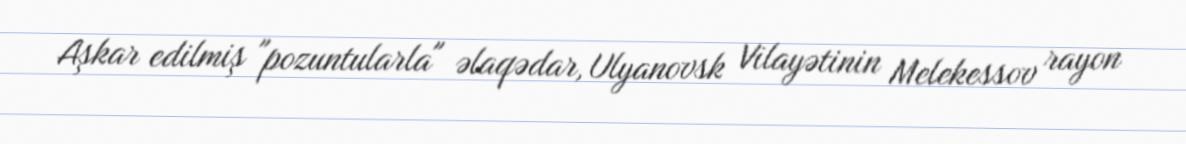
Aşkar edilmiş "pozuntularla" əlaqədar, Ulyanovsk Vilayətinin Melekessov rayon